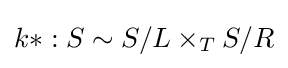
k*:S\sim S/L\times _{T}S/R